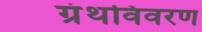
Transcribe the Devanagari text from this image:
ग्रंथविवरण